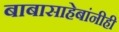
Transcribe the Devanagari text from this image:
बाबासाहेबांनीही